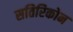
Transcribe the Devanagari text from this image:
सतिरिकोन